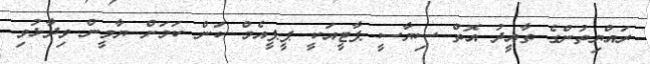
ރައްޔިތުންގެ ތާއީދު އޮތް ސިޔާސީ ޕާޓީއަކީ ޕީޕީއެމް ކަން ކަމަށް ޔާމީން ވިދާޅުވި